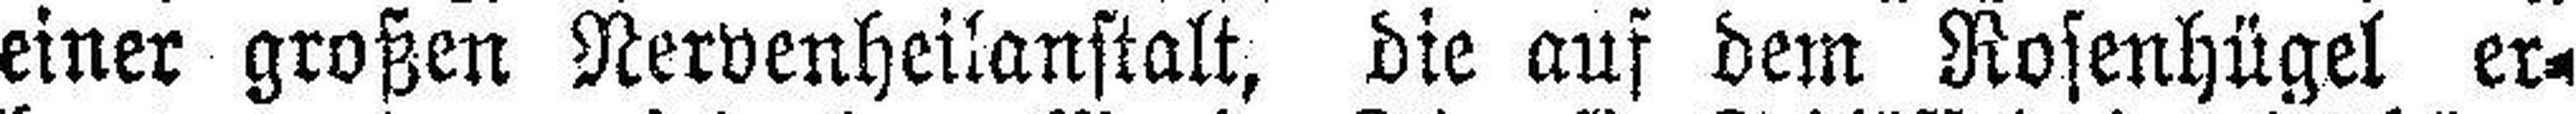
einer großen Nervenheilanstalt, die aus dem Rosenhügel er¬